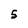
Character: S